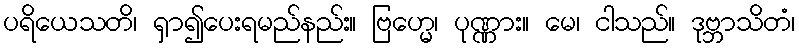
ပရိယေသတိ၊ ရှာ၍ပေးရမည်နည်း။ ဗြဟ္မေ၊ ပုဏ္ဏား။ မေ၊ ငါသည်။ ဒုဗ္ဘာသိတံ၊